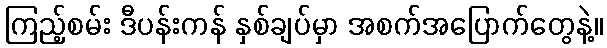
ကြည့်စမ်း ဒီပန်းကန် နှစ်ချပ်မှာ အစက်အပြောက်တွေနဲ့။